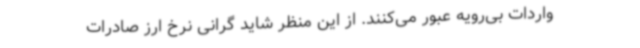
واردات بی‌رویه عبور می‌کنند. از این منظر شاید گرانی نرخ ارز صادرات